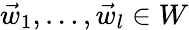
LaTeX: \vec{w}_{1},\dotsc,\vec{w}_{l}\in W